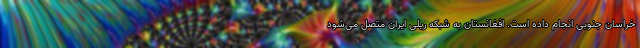
خراسان جنوبی انجام داده است. افغانستان به شبکه ریلی ایران متصل می‌شود